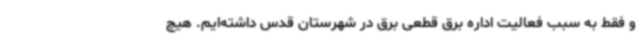
و فقط به سبب فعالیت اداره برق قطعی برق در شهرستان قدس داشته‌ایم. هیچ